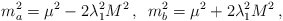
\begin{align*}m_{a}^2 =\mu^2 -2\lambda_1^2 M^2\, , \,\,\, m_{b}^2 =\mu^2 +2\lambda_1^2 M^2\, ,\end{align*}